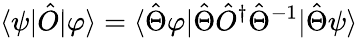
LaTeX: \langle\psi|\hat{O}|\varphi\rangle=\langle\hat{\Theta}\varphi|\hat{\Theta}\hat{O}^{\dagger}\hat{\Theta}^{-1}|\hat{\Theta}\psi\rangle